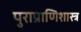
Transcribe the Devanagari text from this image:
पुराप्राणिशास्त्र